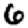
Digit: 6